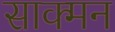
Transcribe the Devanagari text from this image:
साक्मन